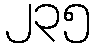
၂၃၅